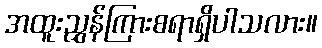
အထူးညွှန်ကြားစရာရှိပါသလား။